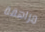
مراهقة